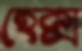
হেক্স